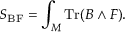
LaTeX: S _ { \mathrm { B F } } = \int _ { \cal M } \mathrm { T r } ( B \wedge F ) .